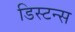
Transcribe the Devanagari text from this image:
डिस्टन्स